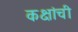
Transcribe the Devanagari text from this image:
कक्षांची